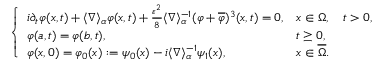
\left\{ \begin{array} { l l } { i \partial _ { t } \varphi ( x , t ) + \langle \nabla \rangle _ { \alpha } \varphi ( x , t ) + \frac { \varepsilon ^ { 2 } } { 8 } \langle \nabla \rangle _ { \alpha } ^ { - 1 } ( \varphi + \overline { { \varphi } } ) ^ { 3 } ( x , t ) = 0 , } & { x \in \Omega , \quad t > 0 , } \\ { \varphi ( a , t ) = \varphi ( b , t ) , } & { t \geq 0 , } \\ { \varphi ( x , 0 ) = \varphi _ { 0 } ( x ) : = \psi _ { 0 } ( x ) - i \langle \nabla \rangle _ { \alpha } ^ { - 1 } \psi _ { 1 } ( x ) , } & { x \in \overline { { \Omega } } . } \end{array} \right.